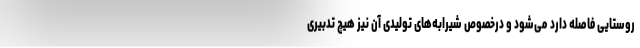
روستایی فاصله دارد می‌شود و درخصوص شیرابه‌های تولیدی آن نیز هیچ تدبیری